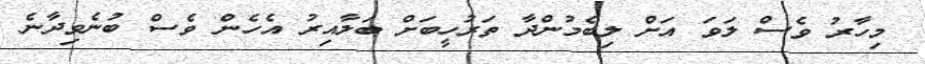
މިހާރު ވެސް ލަވަ އަށް ލިބެމުންދާ ތަރުހީބަށް ބަލާއިރު އެހެން ވެސް ބުނެވިދާނެ